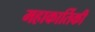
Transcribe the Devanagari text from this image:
महाकार्तिकी